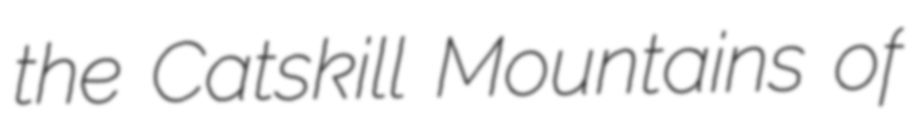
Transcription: the Catskill Mountains of